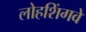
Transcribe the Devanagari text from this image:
लोहशिंगवे